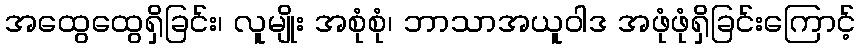
အထွေထွေရှိခြင်း၊ လူမျိုး အစုံစုံ၊ ဘာသာအယူဝါဒ အဖုံဖုံရှိခြင်းကြောင့်